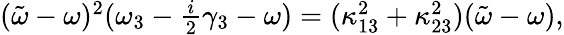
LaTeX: \begin{array}{r}{(\tilde{\omega}-\omega)^{2}(\omega_{3}-\frac{i}{2}\gamma_{3}-\omega)=(\kappa_{13}^{2}+\kappa_{23}^{2})(\tilde{\omega}-\omega),}\end{array}